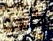
كيد